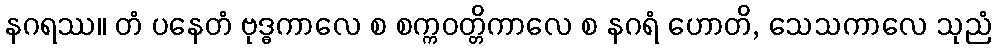
နဂရဿ။ တံ ပနေတံ ဗုဒ္ဓကာလေ စ စက္ကဝတ္တိကာလေ စ နဂရံ ဟောတိ, သေသကာလေ သုညံ